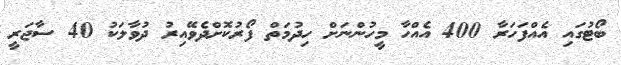
ބޯޓުގައި އެއްފަހަރާ 400 އެއްހާ މީހުންނަށް ހިދުމަތް ފޯރުކޮށްދެވޭއިރު ދުވާލަކު 40 ސާޖަރީ